Scottish Leaving Certificate Examination, 1957
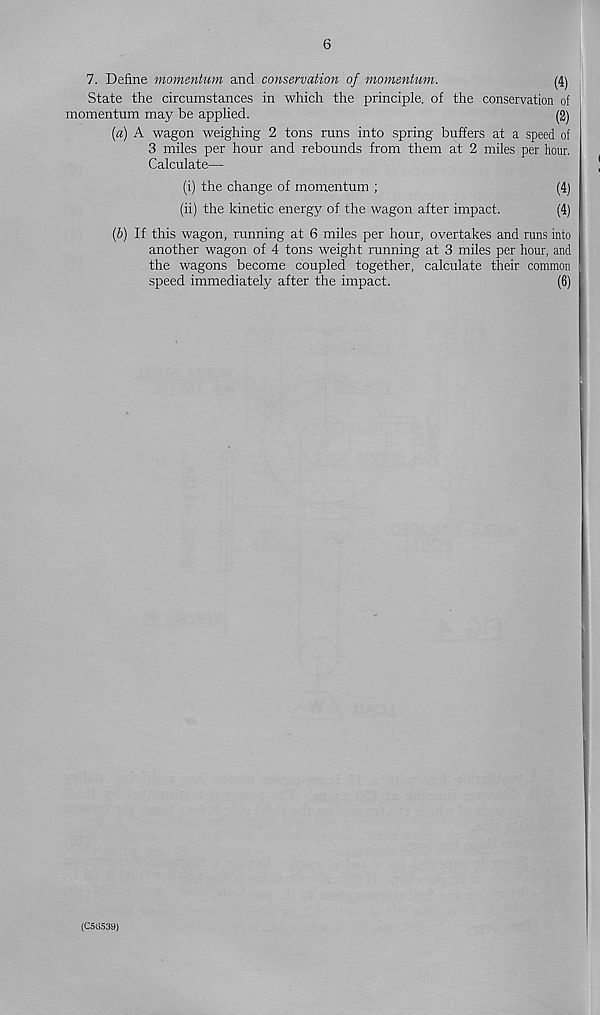
6
7. Define momentum and conservation of momentum.
(4)
State the circumstances in which the principle, of the conservation of
momentum may be applied.
(2)
{a) A wagon weighing 2 tons runs into spring buffers at a speed of
3 miles per hour and rebounds from them at 2 miles per hour.
Calculate—
(i) the change of momentum ;
(4)
(ii) the kinetic energy of the wagon after impact.
(4)
[b) If this wagon, running at 6 miles per hour, overtakes and runs into
another wagon of 4 tons weight running at 3 miles per hour, and
the wagons become coupled together, calculate their common
speed immediately after the impact.
(6)
(C50539)